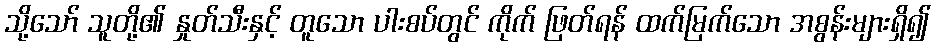
သို့သော် သူတို့၏ နှုတ်သီးနှင့် တူသော ပါးစပ်တွင် ကိုက် ဖြတ်ရန် ထက်မြက်သော အစွန်းများရှိ၍